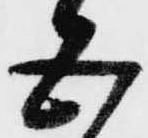
五